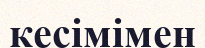
кесімімен